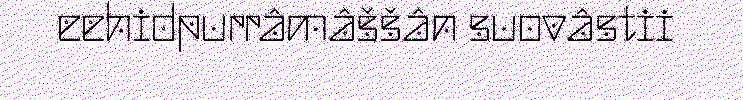
eehidpurrâmâššân suovâstii